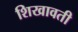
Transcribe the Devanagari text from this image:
शिखावती